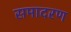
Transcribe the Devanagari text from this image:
समादरण